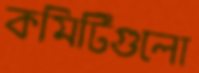
কমিটিগুলো